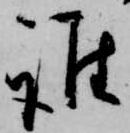
誰